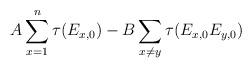
LaTeX: \begin{align*}A \sum_{x=1}^n \tau(E_{x,0}) - B \sum_{x \ne y} \tau(E_{x,0}E_{y,0})\end{align*}